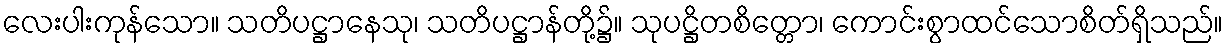
လေးပါးကုန်သော။ သတိပဋ္ဌာနေသု၊ သတိပဋ္ဌာန်တို့၌။ သုပဋ္ဌိတစိတ္တော၊ ကောင်းစွာထင်သောစိတ်ရှိသည်။